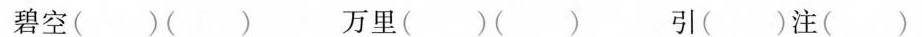
碧空()()万里()()引()注()